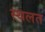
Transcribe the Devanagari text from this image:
स्थलत